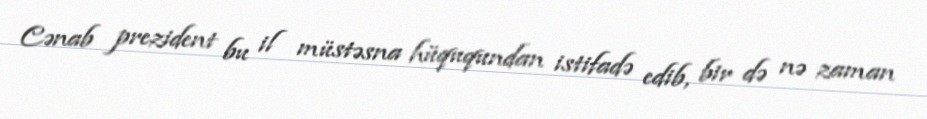
Cənab prezident bu il müstəsna hüququndan istifadə edib, bir də nə zaman